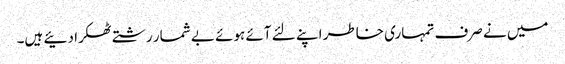
میں نے صرف تمہاری خاطر اپنے لئے آئے ہوئے بے شمار رشتے ٹھکرا دئیے ہیں۔